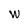
Character: W